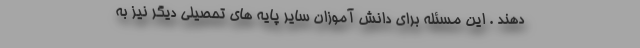
دهند . این مسئله برای دانش آموزان سایر پایه های تحصیلی دیگر نیز به